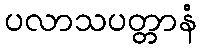
ပလာသပတ္တာနံ